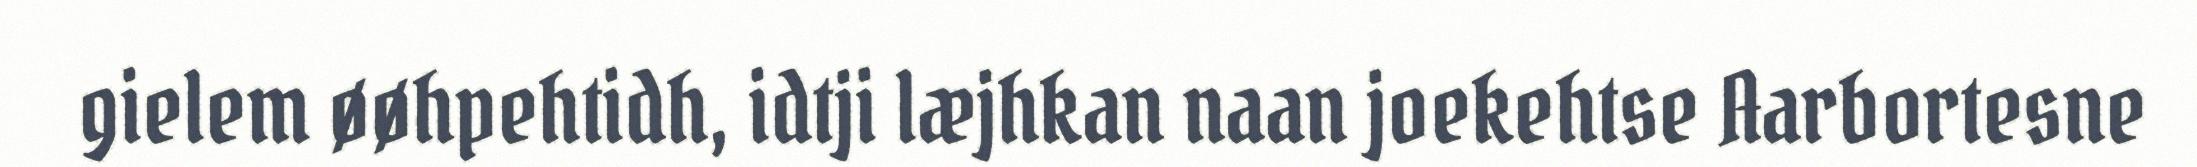
gielem øøhpehtidh, idtji læjhkan naan joekehtse Aarbortesne